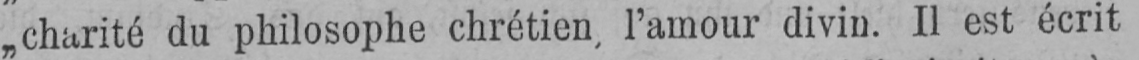
„charité du philosophe chrétien, l’amour divin. Il est écrit